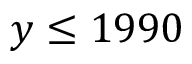
y \le 1 9 9 0